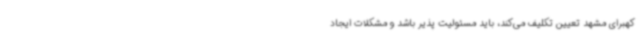
کهبرای مشهد تعیین تکلیف می‌کند، باید مسئولیت پذیر باشد و مشکلات ایجاد